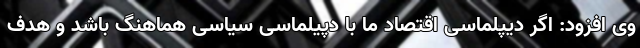
وی افزود: اگر دیپلماسی اقتصاد ما با دپیلماسی سیاسی هماهنگ باشد و هدف